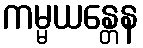
ကမ္မယန္တေန